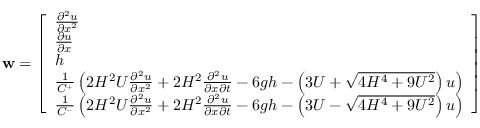
\mathbf { w } = \left[ \begin{array} { l } { \frac { \partial ^ { 2 } u } { \partial x ^ { 2 } } } \\ { \frac { \partial u } { \partial x } } \\ { h } \\ { \frac { 1 } { C ^ { + } } \left( 2 H ^ { 2 } U \frac { \partial ^ { 2 } u } { \partial x ^ { 2 } } + 2 H ^ { 2 } \frac { \partial ^ { 2 } u } { \partial x \partial t } - 6 g h - \left( 3 U + \sqrt { 4 H ^ { 4 } + 9 U ^ { 2 } } \right) u \right) } \\ { \frac { 1 } { C ^ { - } } \left( 2 H ^ { 2 } U \frac { \partial ^ { 2 } u } { \partial x ^ { 2 } } + 2 H ^ { 2 } \frac { \partial ^ { 2 } u } { \partial x \partial t } - 6 g h - \left( 3 U - \sqrt { 4 H ^ { 4 } + 9 U ^ { 2 } } \right) u \right) } \end{array} \right]